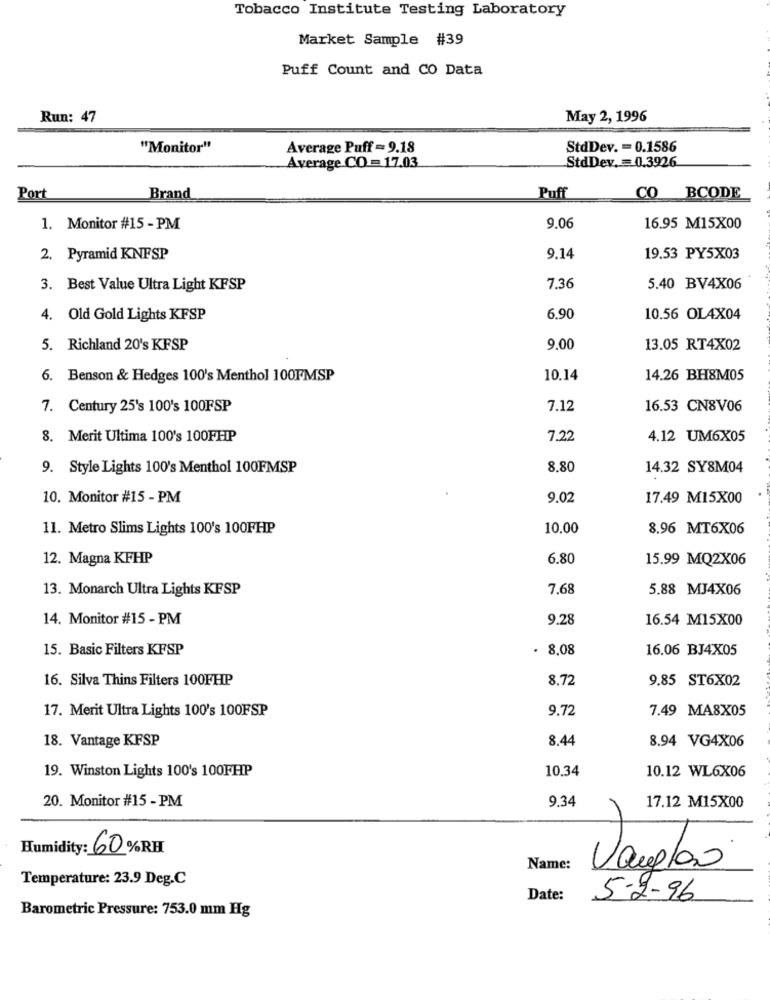
Tobacco Institute Testing Laboratory
Market Sample #39
Puff Count and CO Data
Run: 47
May 2, 1996
"Monitor"
Average Puff - 9.18
StdDev. = 0.1586
Average CO = 17.03
StdDev. = 0.3926
Port
Brand
Puff
CO BCODE
1. Monitor #15 - PM
9.06
16.95 M15X00
2. Pyramid KNFSP
9.14
19.53 PY5X03
3. Best Value Ultra Light KFSP
7.36
5.40 BV4X06
4. Old Gold Lights KFSP
6,90
10.56 OL4X04
5. Richland 20's KFSP
9,00
13.05 RT4X02
6. Benson & Hedges 100's Menthol 100FMSP
10.14
14.26 BH8M05
7. Century 25's 100's 100FSP
7.12
16.53 CN8V06
8. Merit Ultima 100's 100FHP
7.22
4.12 UM6X05
9. Style Lights 100's Menthol 100FMSP
8.80
14.32 SY8M04
10. Monitor #15 - PM
9.02
17.49 M15X00
11. Metro Slims Lights 100's 100FHP
10.00
8.96 MT6X06
12. Magna KFHP
6.80
15.99 MQ2X06
13. Monarch Ultra Lights KFSP
7,68
5.88 MJ4X06
14. Monitor #15 - PM
9.28
16.54 M15X00
15. Basic Filters KFSP
. 8.08
16.06 BJ4X05
16. Silva Thins Filters 100FHP
8.72
9.85 ST6X02
17. Merit Ultra Lights 100's 100FSP
9.72
7.49 MA8X05
18. Vantage KFSP
8.44
8.94 VG4X06
19. Winston Lights 100's 100FHP
10.34
10.12 WL6X06
20. Monitor #15 - PM
9.34
17.12 M15X00
Humidity: 60%RH
Name:
Vanglas
Temperature: 23.9 Deg.C
Date:
5-2-96
Barometric Pressure: 753.0 mm Hg